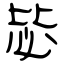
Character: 毖